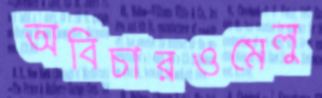
অবিচারওমেলু